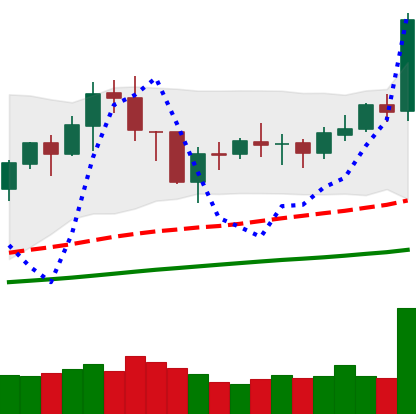
Ticker: BNB-USD
Chart end date: 2021-02-01
Forward return: 40.936%
Label: up_7plus